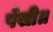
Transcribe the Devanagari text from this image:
पँखी॥